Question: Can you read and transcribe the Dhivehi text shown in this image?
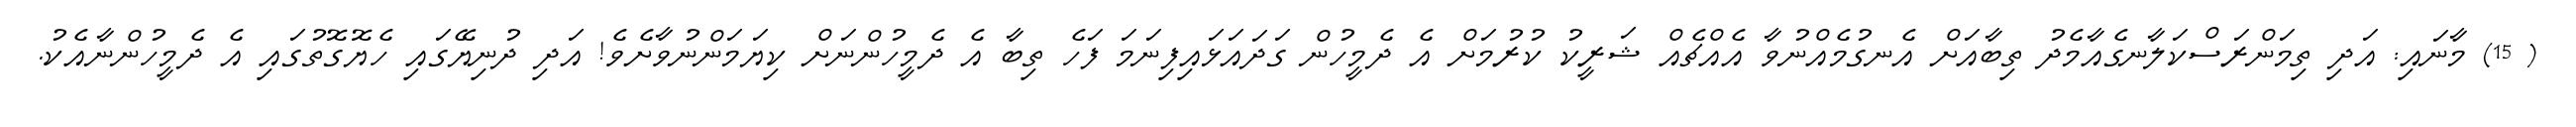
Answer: ( 15) މާނައި: އަދި ތިމަންރަސްކަލާނގެއާމެދު ތިބާއަށް އެނގުމެއްނުވާ އެއްޗެއް ޝަރީކު ކުރުމަށް އެ ދެމީހުން ގަދައަޅައިފިނަމަ ފަހެ ތިބާ އެ ދެމީހުންނަށް ކިޔަމަންނުވާށެވެ! އަދި ދުނިޔޭގައި ހެޔޮގޮތުގައި އެ ދެމީހުންނާއެކު.